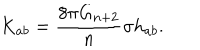
LaTeX: K _ { a b } = \frac { 8 \pi G _ { n + 2 } } { n } \sigma h _ { a b } .